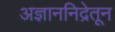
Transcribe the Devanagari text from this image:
अज्ञाननिद्रेतून